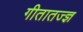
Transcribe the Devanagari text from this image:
गीतातज्ज्ञ